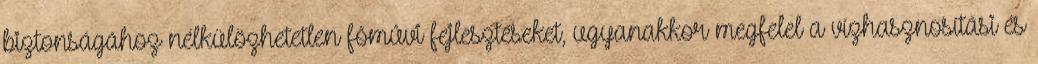
biztonságához nélkülözhetetlen fõmûvi fejlesztéseket, ugyanakkor megfelel a vízhasznosítási és